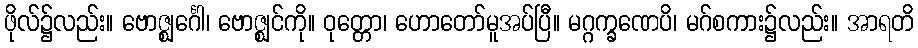
ဖိုလ်၌လည်း။ ဗောဇ္ဈင်္ဂေါ၊ ဗောဇ္ဈင်ကို။ ဝုတ္တော၊ ဟောတော်မူအပ်ပြီ။ မဂ္ဂက္ခဏေပိ၊ မဂ်စကား၌လည်း။ အာရတိ